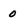
Character: 0